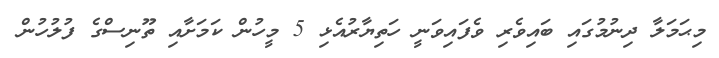
މިޙަމަލާ ދިނުމުގައި ބައިވެރި ވެފައިވަނީ ހަތިޔާރުއެޅި 5 މީހުން ކަމަށާއި ތޫނިސްގެ ފުލުހުން